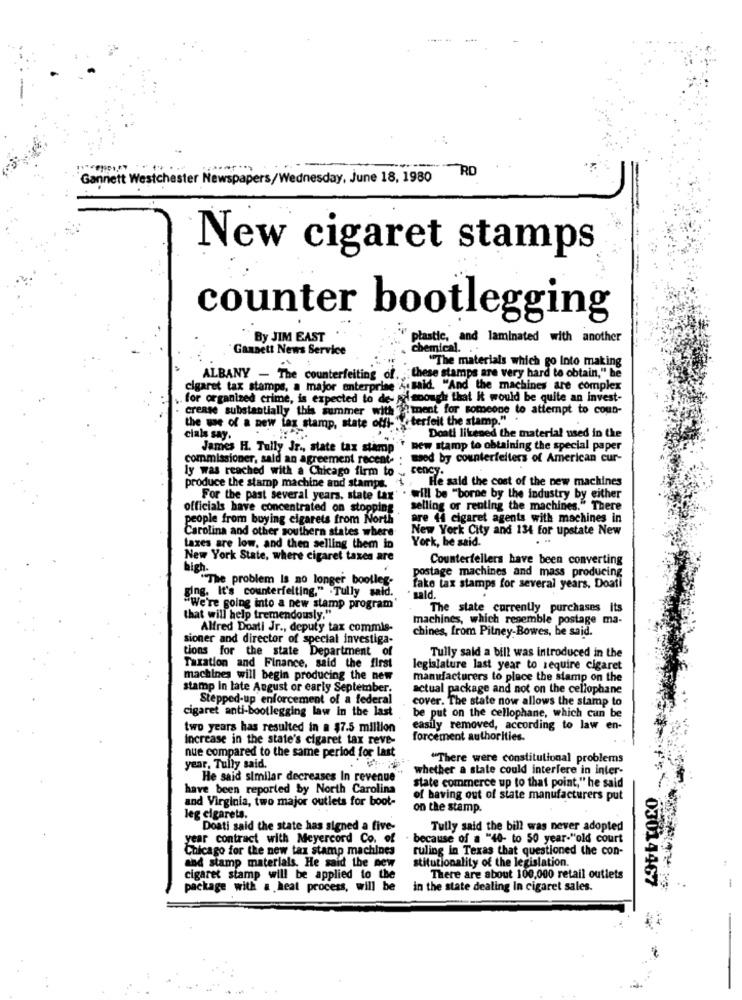
RD
Gannett Westchester Newspapers/Wednesday, June 18, 1980
New cigaret stamps
counter bootlegging
By JIM EAST
plastic, and laminated with another
Gannett News Service
chemical ..
"The materials which go Into making
ALBANY - The counterfeiting of.
;these stamps are very hard to obtain," he
cigaret tax stamps, a major enterprise &. said. "And the machines are complex
for organized crime, is expected to de- pilenough that It would be quite an invest-
crease substantially this summer with
aiment for someone to attempt to coun-
"". terfeit the stamp."
the we of a new tag stamp, state offt-
cials say.
Doati likened the material used in the
James H. Tully Jr ., state tax stamp * new stamp to obtaining the special paper
commissioner, said an agreement recent- ; med by counterfeiters of American cur-
ly was reached with a Chicago firm to , cency.
produce the stamp machine and stamps, 1
He said the cost of the new machines
For the past several years, state tax . will be "borne by the industry by either
officials have concentrated on stopping
selling or renting the machines." There
people from buying cigarets from North
are 44 cigaret agents with machines in
Carolina and other southern states where
New York City and 134 for upstate New
taxes are low, and then selling them in
York, he said.
New York State, where cigaret taxes are
Counterfellers have been converting
high.
postage machines and mass producing
"The problem Is no longer bootleg-
fake tax stamps for several years, Doati
ging. It's counterfelting." .Tully said.
* sald.
"We're going into a new stamp program
The state currently purchases its
that will help tremendously."
machines, which resemble postage ma-
Alfred Doati Jr ., deputy tax commis-
chines, from Pitney Bowes, he said.
sioner and director of special investiga-
tions for the state Department of
Tully said a bill was introduced in the
Taxation and Finance, said the first
legislature last year to require cigaret
machines will begin producing the new
manufacturers to place the stamp on the
stamp in late August or early September.
actual package and not on the cellophane
Stepped-up enforcement of a federal
cover. The state now allows the stamp to
cigaret anti-bootlegging law in the last
be put on the cellophane, which can be
two years has resulted in a $7.5 million
easily removed, according to law en-
Increase in the state's cigaret tax reve-
forcement authorities.
nue compared to the same period for Last
"There were constitutional problems
year, Tully said.
whether a state could interfere in inter-
He said similar decreases In revenue
state commerce up to that point," he said
have been reported by North Carolina
and Virginia, two major outlets for boot-
of having out of state manufacturers put
on the stamp.
leg cigarets.
Doati said the state has signed a five-
Tully said the bill was never adopted
year contract with Meyercord Co. of
because of a "40- to 50 year-"old court
Chicago for the new tax stamp machines
ruling in Texas that questioned the con-
stitutionality of the legislation.
and stamp materials. He said the new
cigaret stamp will be applied to the
There are about 100,000 retail outlets
package with a heat process, will be
in the state dealing In cigaret sales.
03014467